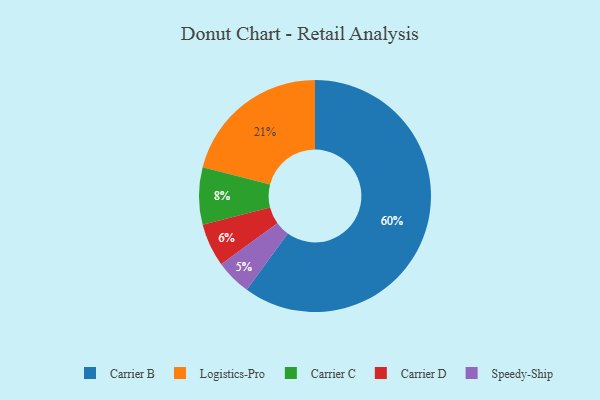
{"axis": {"x": "Category", "y": "Percentage"}, "legend": ["Carrier B", "Carrier C", "Carrier D", "Logistics-Pro", "Speedy-Ship"], "data": [{"x": "Carrier B", "y": 60, "type": "Carrier B"}, {"x": "Carrier D", "y": 6, "type": "Carrier D"}, {"x": "Carrier C", "y": 8, "type": "Carrier C"}, {"x": "Speedy-Ship", "y": 5, "type": "Speedy-Ship"}, {"x": "Logistics-Pro", "y": 21, "type": "Logistics-Pro"}]}